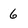
Character: 6